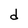
Character: d